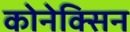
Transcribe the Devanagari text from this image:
कोनेक्सिन